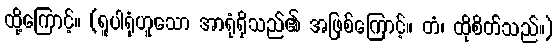
ထို့ကြောင့်။ (ရူပါရုံဟူသော အာရုံရှိသည်၏ အဖြစ်ကြောင့်။ တံ၊ ထိုစိတ်သည်။)